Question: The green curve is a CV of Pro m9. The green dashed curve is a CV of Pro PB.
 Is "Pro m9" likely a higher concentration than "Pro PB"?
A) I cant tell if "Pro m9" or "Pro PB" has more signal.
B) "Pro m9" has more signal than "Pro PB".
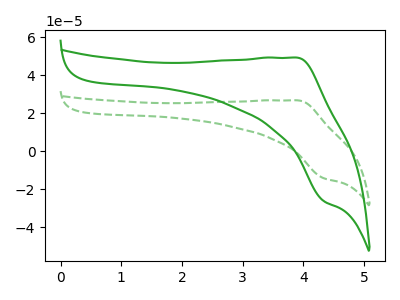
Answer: <think>The green curve "Pro m9" has an anodic peak at (3.90V, 49.15uA) and a cathodic peak at (4.35V, -26.25uA). The green dashed curve "Pro PB" has an anodic peak at (3.90V, 26.70uA) and a cathodic peak at (4.35V, -14.25uA).
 All the peaks in "Pro m9" have a peak in "Pro PB" at the same potential. Every peak in "Pro m9" is higher than every peak in "Pro PB".</think>
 <answer>B) "Pro m9" has more signal than "Pro PB".</answer>
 <eval>B</eval>